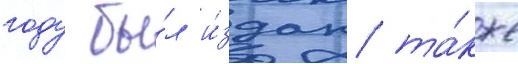
году бы́л и́здан та́кже